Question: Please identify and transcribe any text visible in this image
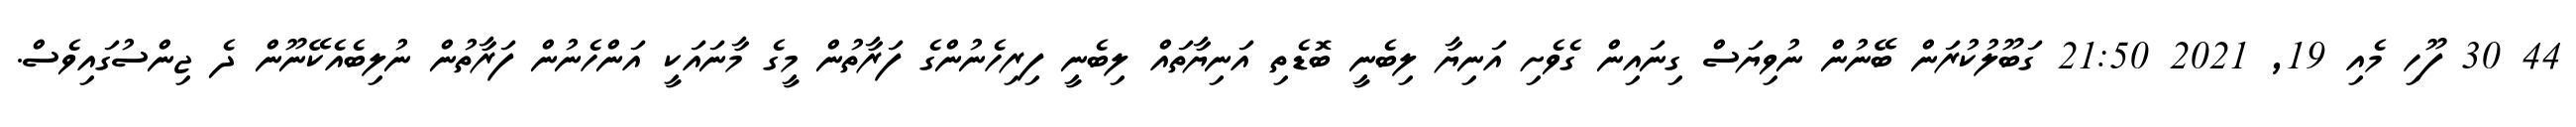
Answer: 44 30 ފޫހި މެއި 19, 2021 21:50 ގަބޫލުކުރަން ބޭނުން ނުވިޔަސް ގިނައިން ގެވެށި އަނިޔާ ލިބެނީ ބޮޑެތި އަނިޔާތައް ލިބެނީ ފިރިހެނުންގެ ފަރާތުން މީގެ މާނައަކީ އަންހެނުން ފަރާތުން ނުލިބެއެކޭނޫން ދެ ޖިންސުގައިވެސް.